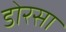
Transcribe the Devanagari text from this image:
डोरसा